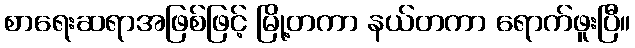
စာရေးဆရာအဖြစ်ဖြင့် မြို့တကာ နယ်တကာ ရောက်ဖူးပြီ။